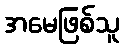
အမေဖြစ်သူ